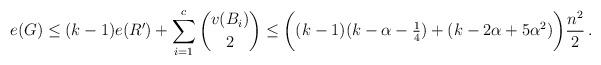
LaTeX: \begin{align*}e(G) \leq (k-1)e(R')+\sum_{i=1}^c \binom{v(B_i)}{2}\leq \bigg((k-1)(k-\alpha -\tfrac14) +(k-2\alpha +5\alpha^2)\bigg)\frac{n^2}{2}\,.\end{align*}